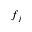
f _ { j }